Indian journal of veterinary science and animal husbandry - Volume 1,
Year: 1931
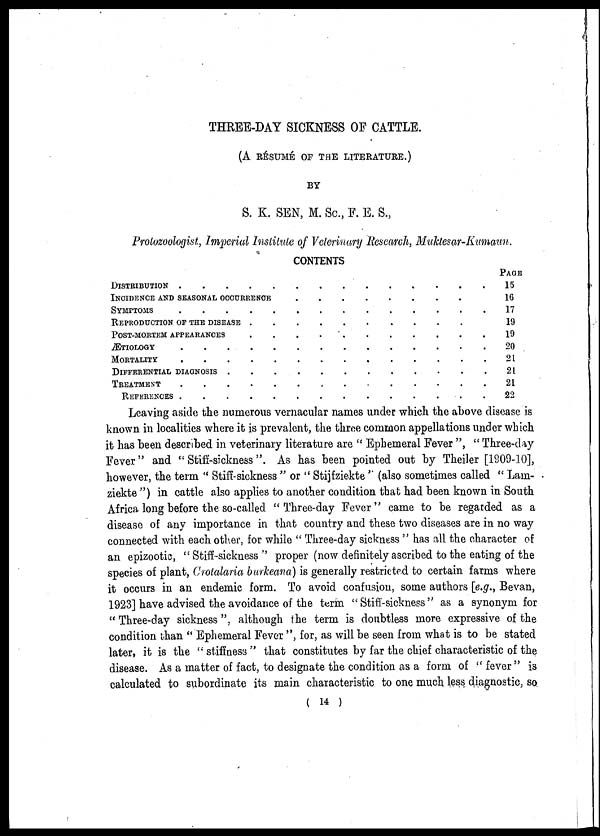
THREE-DAY SICKNESS OF CATTLE.
(A RÉSUMÉ OF THE LITERATURE.)
BY
S. K. SEN, M. Sc., F. E. S.,
Protozoologist, Imperial Institute of Veterinary Research, Muktesar-Kumaun.
CONTENTS
DISTRIBUTION
INCIDENCE AND SEASONAL OCCURRENCE
SYMPTOMS
REPRODUCTION OF THE DISEASE
POST-MORTEM APPEARANCES
ÆTIOLOGY
MORTALITY
DIFFERENTIAL DIAGNOSIS
TREATMENT
REFERENCES
.
.
.
.
.
.
.
.
.
.
.
.
.
.
.
.
.
.
.
.
.
.
.
.
.
.
.
.
.
.
.
.
.
.
.
.
.
.
.
.
.
.
.
.
.
.
.
.
.
.
.
.
.
.
.
.
.
.
.
.
.
.
.
.
.
.
.
.
.
.
.
.
.
.
.
.
.
.
.
.
.
.
.
.
.
.
.
.
.
.
PAGE
15
16
17
19
19
20
21
21
21
22
Leaving aside the numerous vernacular names under which the above disease is
known in localities where it is prevalent, the three common appellations under which
it has been described in veterinary literature are " Ephemeral Fever ", " Three-day
Fever" and " Stiff-sickness ". As has been pointed out by Theiler [1909-10],
however, the term " Stiff-sickness " or " Stijfziekte " (also sometimes called " Lam-
ziekte ") in cattle also applies to another condition that had been known in South
Africa long before the so-called " Three-day Fever " came to be regarded as a
disease of any importance in that country and these two diseases are in no way
connected with each other, for while " Three-day sickness " has all the character of
an epizootic, " Stiff-sickness " proper (now definitely ascribed to the eating of the
species of plant, Crotalaria burkeana) is generally restricted to certain farms where
it occurs in an endemic form. To avoid confusion, some authors [e.g., Bevan,
1923] have advised the avoidance of the term "Stiff-sickness" as a synonym for
"Three-day sickness", although the term is doubtless more expressive of the
condition than " Ephemeral Fever ", for, as will be seen from what is to be stated
later, it is the " stiffness " that constitutes by far the chief characteristic of the
disease. As a matter of fact, to designate the condition as a form of " fever " is
calculated to subordinate its main characteristic to one much less diagnostic, so
( 14 )